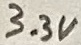
Text: 3.3V